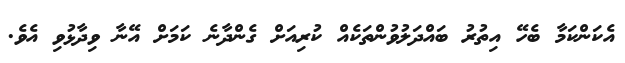
އެކަންކަމާ ބެހޭ އިތުރު ބައްދަލުވުންތަކެއް ކުރިއަށް ގެންދާނެ ކަމަށް އޭނާ ވިދާޅުވި އެވެ.